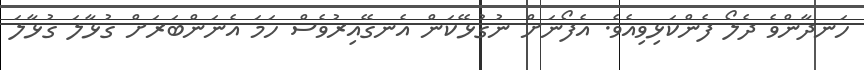
ހަނދާންވެ ދެލޯ ފެންކަޅިވިއެވެ. އެފޯނަށް ނުގުޅޭކަން އެނގޭއިރުވެސް ހަމަ އެނަންބަރަށް ގުޅާލަ ގުޅާލަ